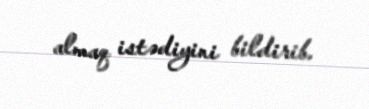
almaq istədiyini bildirib.